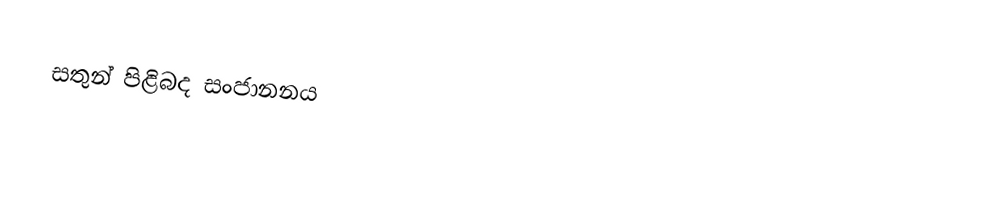
සතුන් පිළිබද සංජානනය